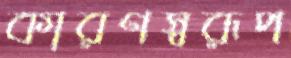
কারণস্বরূপ